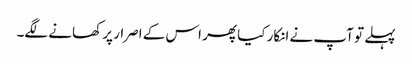
پہلے تو آپ نے انکار کیا پھر اس کے اصرار پر کھانے لگے۔